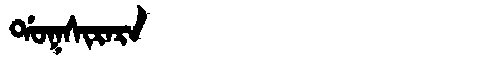
Manchu: ᡩᠣᡴᠰᡳᡵᠠᡵᠠ
Romanization: DOKSIRARA